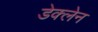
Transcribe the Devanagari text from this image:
डेक्लेन